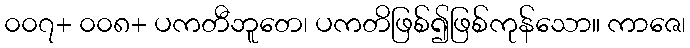
၀၀၇+ ၀၀၈+ ပကတီဘူတေ၊ ပကတိဖြစ်၍ဖြစ်ကုန်သော။ ကာဇေ၊